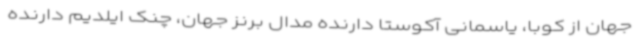
جهان از کوبا، یاسمانی آکوستا دارنده مدال برنز جهان، چنک ایلدیم دارنده